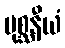
မုစ္ဆနီယံ